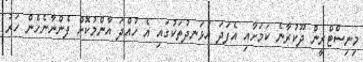
މިނިސްޓްރީން ދޫކުރާނެ ކަމަށާއި އެފަދަ އުޅަނދުތަކުގައި އެ ހުއްދަ އާންމުކޮށް ފެންނާނެހެން ހަރު